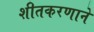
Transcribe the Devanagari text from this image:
शीतकरणाने